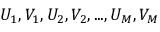
U _ { 1 } , V _ { 1 } , U _ { 2 } , V _ { 2 } , . . . , U _ { M } , V _ { M }